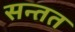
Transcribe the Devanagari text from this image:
सन्तत